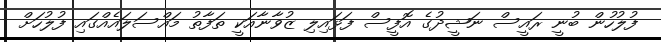
ފުލުހުން ބުނީ ރައީސް ނަޝީދުގެ އޮފީސް ފަޅައިލި ޒުވާނާއަކީ ތަފާތު މައްސަލައެއްގައި ފުލުހަށް